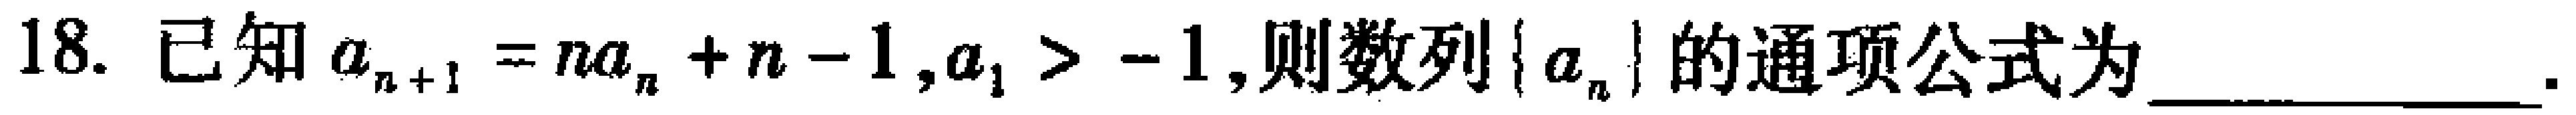
18. 已知\(a_{n + 1} = na_{n} + n - 1,a_{1} > - 1\),则数列\(\{ a_{n}\}\)的通项公式为  _________.